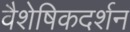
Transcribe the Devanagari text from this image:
वैशेषिकदर्शन